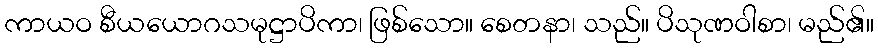
ကာယဝ စီယယောဂသမုဋ္ဌာပိကာ၊ ဖြစ်သော။ စေတနာ၊ သည်။ ပိသုဏဝါစာ၊ မည်၏။